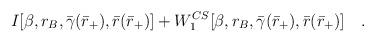
LaTeX: \begin{align*}\hspace{2cm}I[\beta,r_B,\bar{\gamma}(\bar{r}_+),\bar{r}(\bar{r}_+)]+W_1^{CS}[\beta,r_B,\bar{\gamma}(\bar{r}_+),\bar{r}(\bar{r}_+)]~~~.\end{align*}